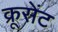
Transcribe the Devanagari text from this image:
क्रूसेंट